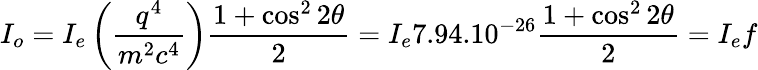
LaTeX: I_{o}=I_{e}\left({\frac{q^{4}}{m^{2}c^{4}}}\right){\frac{1+\cos^{2}2\theta}{2}}=I_{e}7.94.10^{-26}{\frac{1+\cos^{2}2\theta}{2}}=I_{e}f